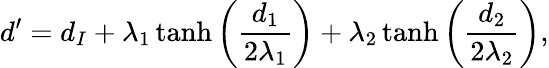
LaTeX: d^{\prime}=d_{I}+\lambda_{1}\operatorname{tanh}\left({\frac{d_{1}}{2\lambda_{1}}}\right)+\lambda_{2}\operatorname{tanh}\left({\frac{d_{2}}{2\lambda_{2}}}\right),